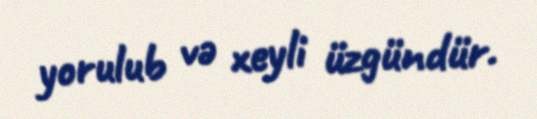
yorulub və xeyli üzgündür.